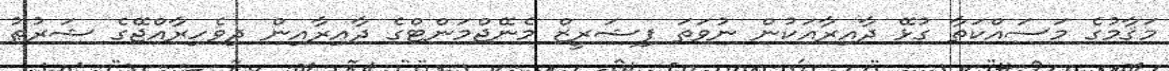
މަޤާމުގެ މަސައްކަތާ ގުޅޭ ދާއިރާއަކުން ނުވަތަ ފިޝަރީޒް މެނޭޖްމަންޓްގެ ދާއިރާއިން ދިވެހިރާއްޖޭގެ ޝަރުޠު